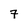
Character: 7